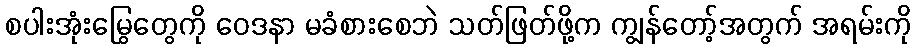
စပါးအုံးမြွေတွေကို ဝေဒနာ မခံစားစေဘဲ သတ်ဖြတ်ဖို့က ကျွန်တော့်အတွက် အရမ်းကို